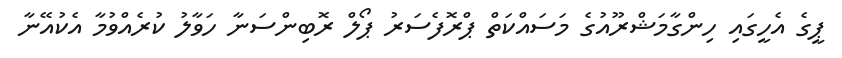
ޕީގެ އެހީގައި ހިންގާމަޝްރޫއުގެ މަސައްކަތް ޕްރޮފެސަރު ޕޯލް ރޮބިންސަނާ ހަވާލު ކުރެއްވުމާ އެކުއޭނާ